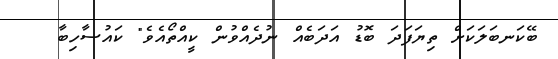
ބޭކަނބަލަކަށް ތިޔަފަދަ ބޮޑު އަދަބެއް ނުދެއްވުން ކީއްތޯއެވެ" ކައުސާހިބާ